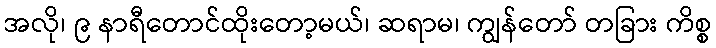
အလို၊ ၉ နာရီတောင်ထိုးတော့မယ်၊ ဆရာမ၊ ကျွန်တော် တခြား ကိစ္စ